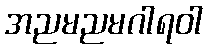
အညမညမဂါရဝါ